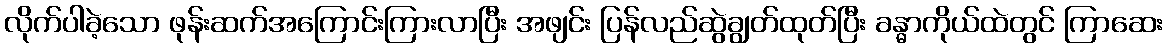
လိုက်ပါခဲ့သော ဖုန်းဆက်အကြောင်းကြားလာပြီး အဖျင်း ပြန်လည်ဆွဲချွတ်ထုတ်ပြီး ခန္ဓာကိုယ်ထဲတွင် ကြာဆေး